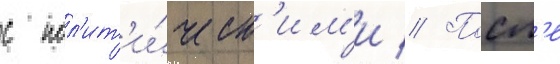
с пол'ит'и́ческ'им'и // Посл'е